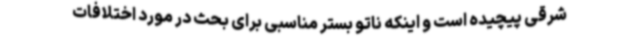
شرقی پیچیده است و اینکه ناتو بستر مناسبی برای بحث در مورد اختلافات